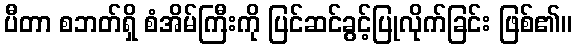
ပီတာ စဘတ်ရှိ စံအိမ်ကြီးကို ပြင်ဆင်ခွင့်ပြုလိုက်ခြင်း ဖြစ်၏။